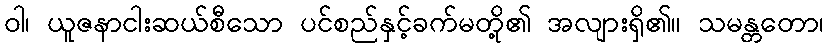
ဝါ၊ ယူဇနာငါးဆယ်စီသော ပင်စည်နှင့်ခက်မတို့၏ အလျားရှိ၏။ သမန္တတော၊